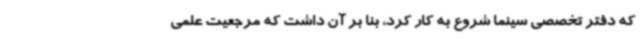
که دفتر تخصصی سینما شروع به کار کرد، بنا بر آن داشت که مرجعیت علمی